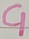
Text: C1